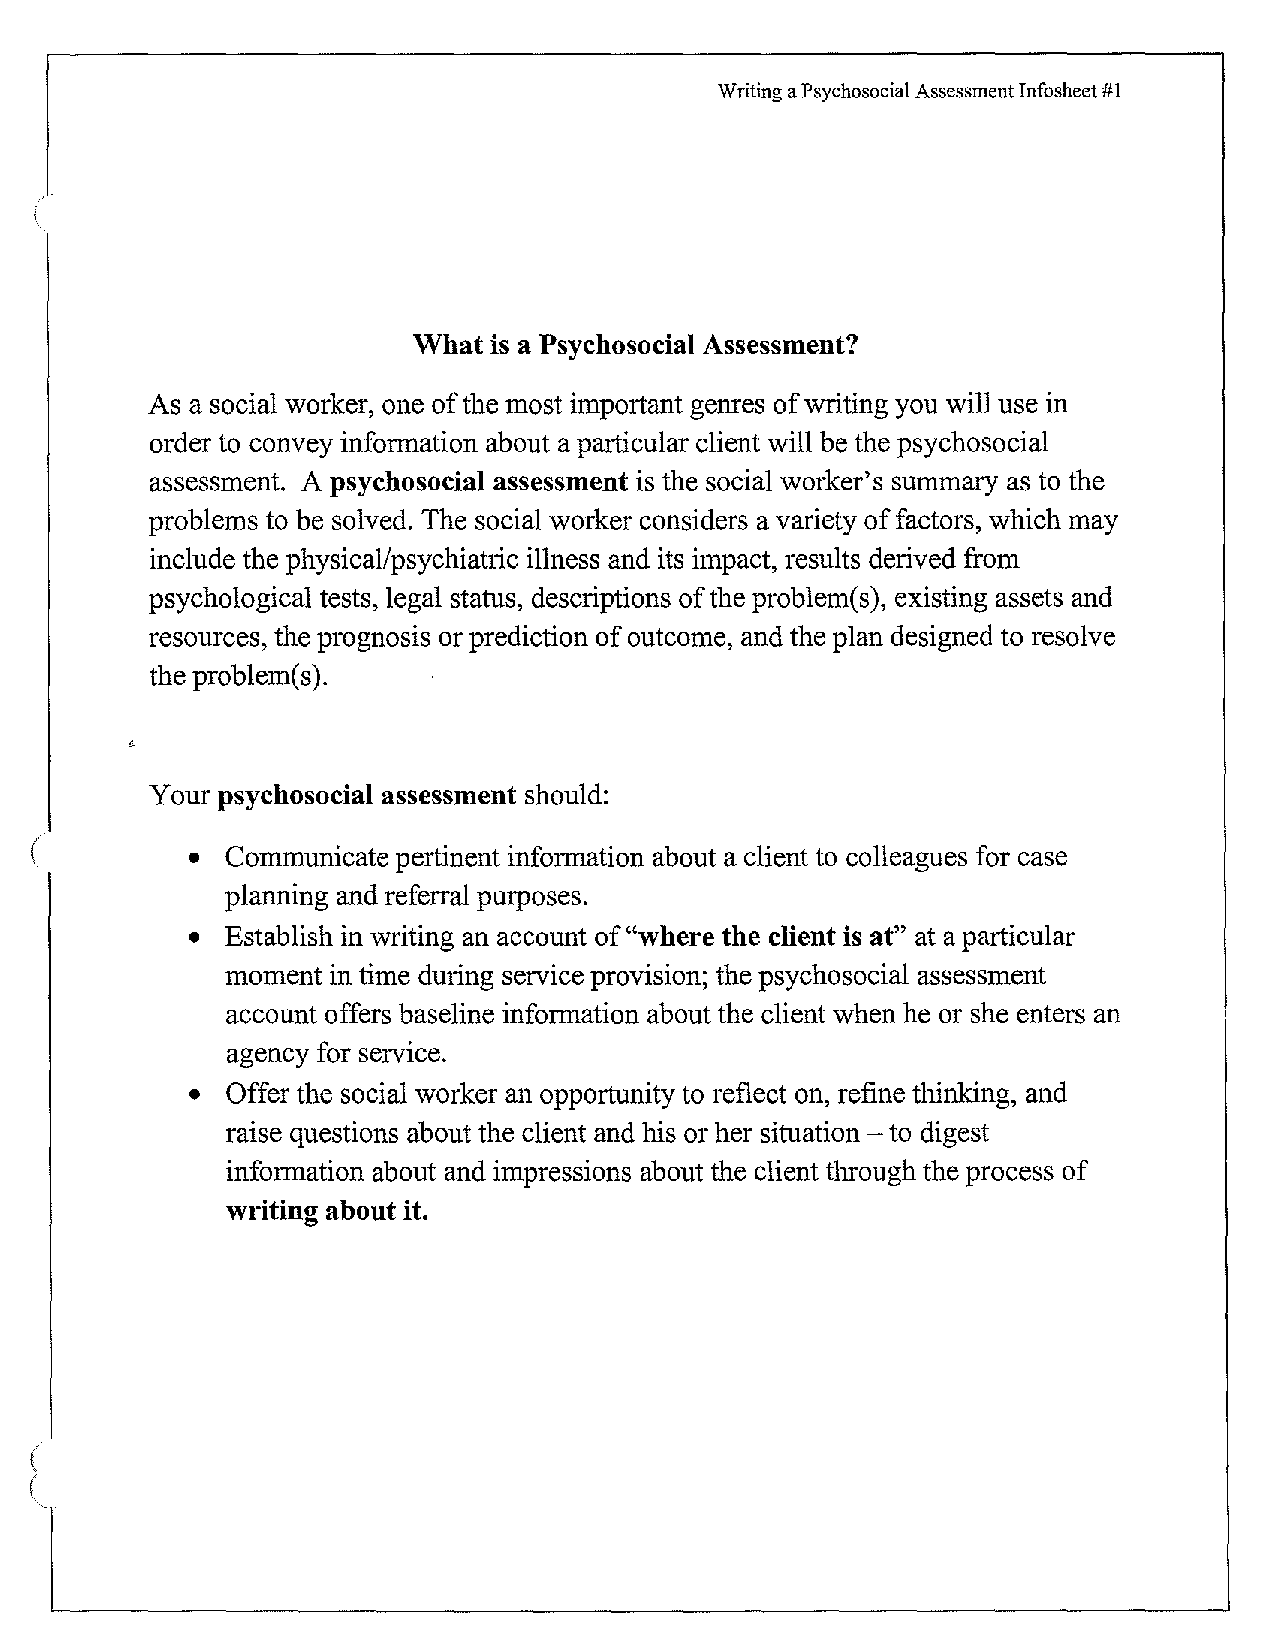
Writing a Psychosocial Assessment Infosheet #1
 What is a Psychosocial Assessment?
 As a social worker, one of the most important genres of writing you will use in
 order to convey information about a particular client will be the psychosocial
 assessment. A psychosocial assessment is the social worker's summary as to the
 problems to be solved. The social worker considers a variety of factors, which may
 include the physical/psychiatric illness and its impact, results derived from
 psychological tests, legal status, descriptions of the problem(s), existing assets and
 resources, the prognosis or prediction of outcome, and the plan designed to resolve
 the problem(s).
 Your psychosocial assessment should:
 • Communicate pertinent information about a client to colleagues for case
 planning and referral purposes.
 • Establish in writing an account of "where the client is at" at a particular
 moment in time during service provision; the psychosocial assessment
 account offers baseline information about the client when he or she enters an
 agency for service.
 • Offer the social worker an opportunity to reflect on, refine thinking, and
 raise questions about the client and his or her situation - to digest
 information about and impressions about the client through the process of
 writing about it.